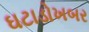
ઘટાડોખબર